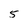
Character: 5